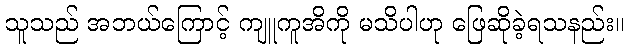
သူသည် အဘယ်ကြောင့် ကျူကူအိကို မသိပါဟု ဖြေဆိုခဲ့ရသနည်း။